Report on the Civil Veterinary Department, Eastern Bengal and Assam - 1907-1911
Year: 1907
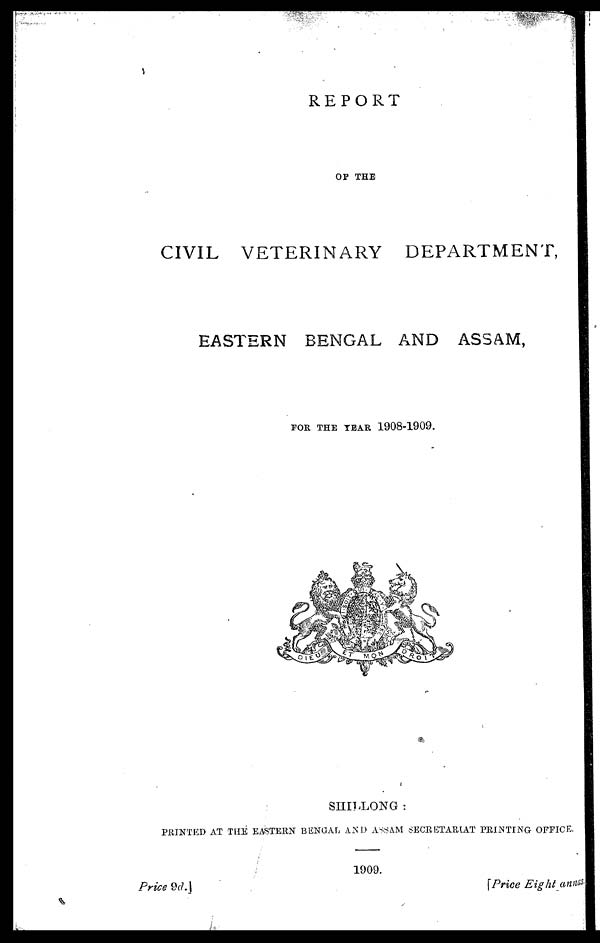
REPORT
OF THE
CIVIL VETERINARY
DEPARTMENT,
EASTERN BENGAL AND ASSAM,
FOR THE YEAR 1908-1909.
SHILLONG:
PRINTED AT THE EASTERN BENGAL AND ASSAM SECRETARIAT PRINTING OFFICE.
1909.
Price
9d.]
[Price
Eight annas